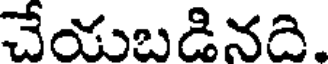
చేయబడినది.